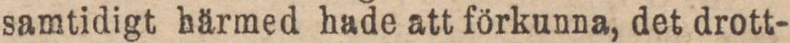
samtidigt härmed hade att förkunna, det drott-